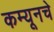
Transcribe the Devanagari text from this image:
कम्यूनचे